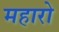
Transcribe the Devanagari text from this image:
महारो